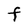
Character: f